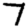
Digit: 7